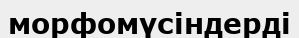
морфомүсіндерді